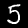
Label: 5